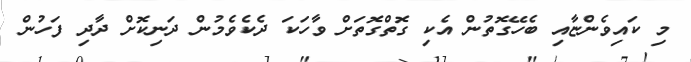
މި ކައިވެންޏާއި ބެހޭގޮތުން އެކި ގޮތްގޮތަށް ވާހަކަ ދެކެވެމުން ދަނިކޮށް ދާދި ފަހުން